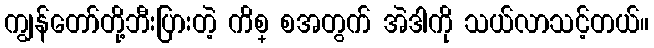
ကျွန်တော်တို့ဘီးပြားတဲ့ ကိစ္ စအတွက် အဲဒါကို သယ်လာသင့်တယ်။